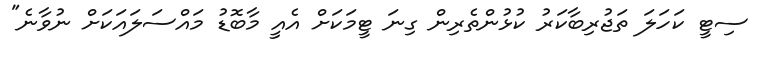
ސިޓީ ކަހަލަ ތަޖުރިބާކަރު ކުޅުންތެރިން ގިނަ ޓީމަކަށް އެއީ މާބޮޑު މައްސަލައަކަށް ނުވާނެ"